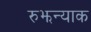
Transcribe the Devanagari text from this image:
रुझन्याक